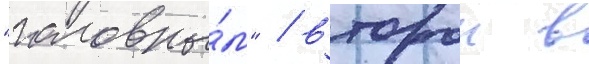
"головны́м" / второи в